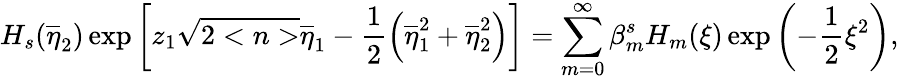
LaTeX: H_{s}(\overline{{{\eta}}}_{2})\exp\left[z_{1}\sqrt{2<n>}\overline{{{\eta}}}_{1}-\frac 12\left(\overline{{{\eta}}}_{1}^{2}+\overline{{{\eta}}}_{2}^{2}\right)\right]=\sum_{m=0}^{\infty}\beta_{m}^{s}H_{m}(\xi)\exp\left(-\frac 12\xi^{2}\right),